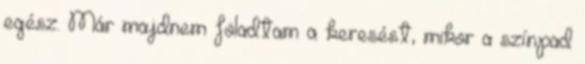
egész. Már majdnem föladtam a keresést, mikor a színpad